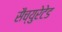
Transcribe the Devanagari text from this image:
सैच्युरेटेड